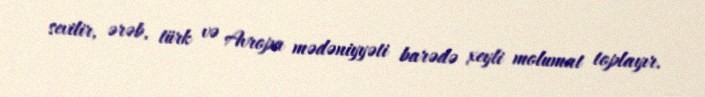
sevilir, ərəb, türk və Avropa mədəniyyəti barədə xeyli molumat toplayır.